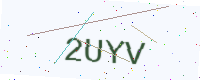
Text: 2UYV